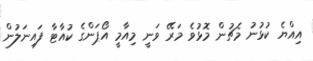
އިއްޔެ ކުޅުނު މެޗުން މޮޅުވެ މަރޭ ވަނީ މިއާމީ އޯޕަންގެ ކުއާޓާ ފައިނަލުން